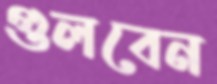
গুলবেন